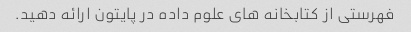
فهرستی از کتابخانه های علوم داده در پایتون ارائه دهید.